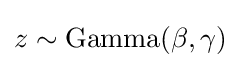
z\sim {\text{Gamma}}(\beta ,\gamma )